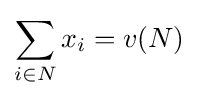
\sum _{i\in N}x_{i}=v(N)